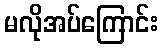
မလိုအပ်ကြောင်း